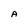
Character: A